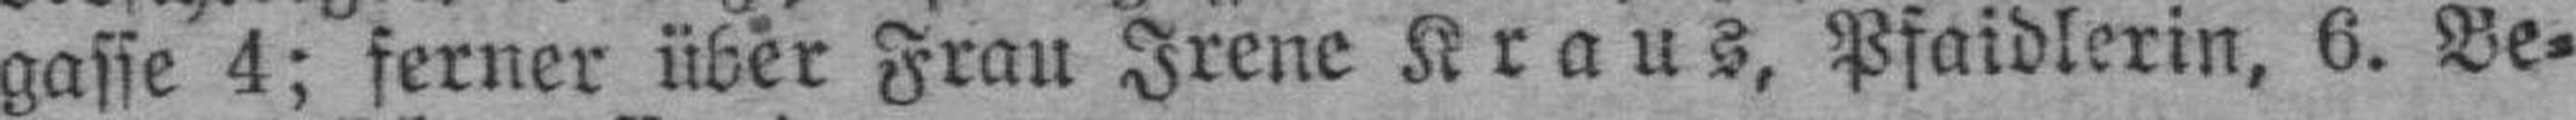
gasse 4; ferner über Frau Irene Kraus, Pfaidlerin, 6. Be¬